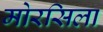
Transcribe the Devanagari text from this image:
मोरसिला